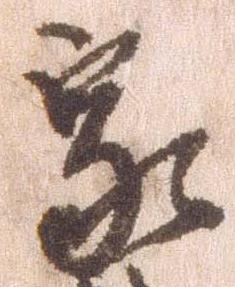
家